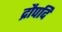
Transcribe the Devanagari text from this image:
द्रौपदि